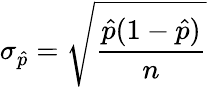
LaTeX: \sigma_{\hat{p}}={\sqrt{\frac{{\hat{p}}(1-{\hat{p}})}{n}}}